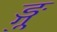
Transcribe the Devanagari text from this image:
ङ्गु